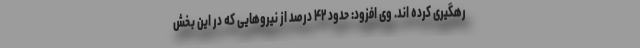
رهگیری کرده اند. وی افزود: حدود ۴۲ درصد از نیروهایی که در این بخش